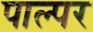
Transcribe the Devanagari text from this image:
पाल्पर